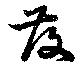
發